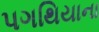
પગથિયાના